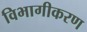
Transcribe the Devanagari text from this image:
विभागीकरण